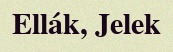
Ellák, Jelek